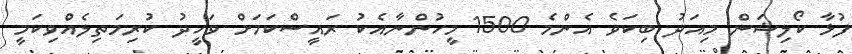
ފުޅާ ކޯލިޝަން މިއަދު ބިކަވެ އެންމެ 1500 މީހުންނާއެކު ރައީސްކަމަށް ވަހީދު ކުރިމަތިލެއްވިކަމީ